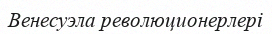
Венесуэла революционерлері